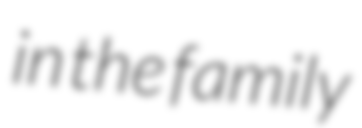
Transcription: in the family